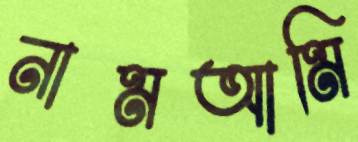
নামআমি